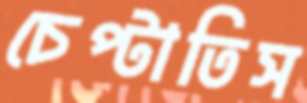
চেপ্‌টাতিস